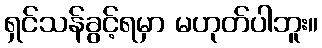
ရှင်သန်ခွင့်ရမှာ မဟုတ်ပါဘူး။